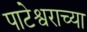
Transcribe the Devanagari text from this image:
पाटेश्वराच्या